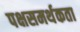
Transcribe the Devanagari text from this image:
पक्षसमर्थकता